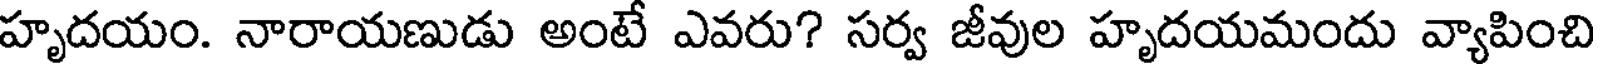
హృదయం. నారాయణుడు అంటే ఎవరు? సర్వ జీవుల హృదయమందు వ్యాపించి